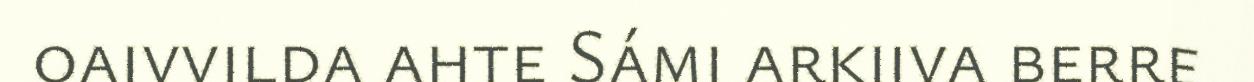
oaivvilda ahte Sámi arkiiva berre